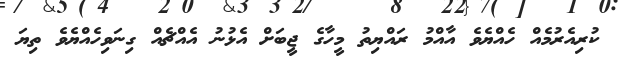
ކުރިއެރުމެއް ހެއްޔެވެ އާއްމު ރައްޔިތު މީހާގެ ޖީބަށް އެޅުނު އެއްޗެއް ގިނަވިހެއްޔެވެ ތިޔަ